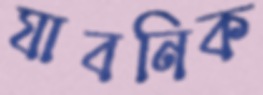
যাবনিক